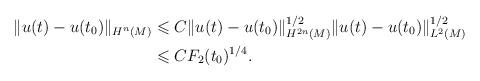
LaTeX: \begin{align*} \| u(t)-u(t_0) \| _{H^n(M )} & \leqslant C \| u(t)-u(t_0) \| _{H^{2n}(M )}^{1/2} \| u(t)-u(t_0) \| _{L^2(M )}^{1/2}\\ & \leqslant CF_2(t_0)^{1/4}. \end{align*}